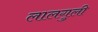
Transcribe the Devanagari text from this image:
लालगुली